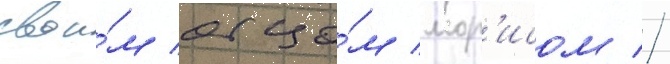
свои́м отцо́м мор'исом //